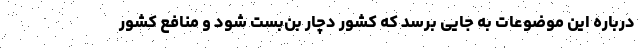
درباره این موضوعات به جایی برسد که کشور دچار بن‌بست شود و منافع کشور